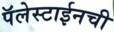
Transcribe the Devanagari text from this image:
पॅलेस्टाईनची